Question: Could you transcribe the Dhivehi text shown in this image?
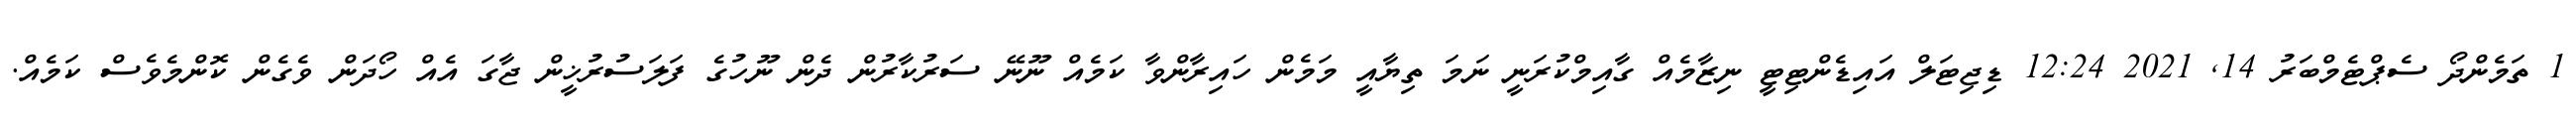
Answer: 1 ތަމެންދޯ ސެޕްޓެމްބަރު 14, 2021 12:24 ޑިޖިޓަލް އައިޑެންޓިޓީ ނިޒާމެއް ގާއިމްކުރަނީ ނަމަ ތިޔާއީ މަމެން ހައިރާންވާ ކަމެއް ނޫނޭ ސަރުކާރުން ދެން ނޫހުގެ ފަލަސުރުޚީން ޖާގަ އެއް ހޯދަން ވެގެން ކޮންމެވެސް ކަމެއް.